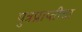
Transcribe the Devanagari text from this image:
पुत्रप्राप्‍तीचा